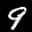
Label: 9